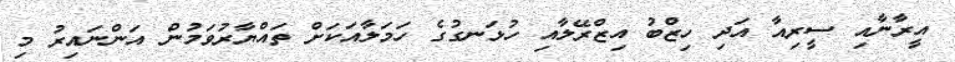
އީރާނާއި ސީރިއާ އަދި ހިޒްބު އިޒްރޭލާއި ހުޅަނގުގެ ހަމަލާއަކަށް ތައްޔާރުވަމުން އަންނައިރު މި